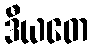
ဒီယတေ